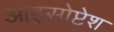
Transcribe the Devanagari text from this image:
आइसोप्टेश